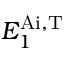
E _ { 1 } ^ { \mathrm { A i , T } }